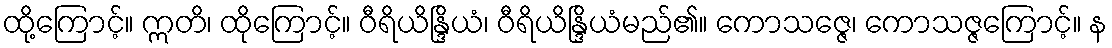
ထို့ကြောင့်။ ဣတိ၊ ထိုကြောင့်။ ဝီရိယိန္ဒြိယံ၊ ဝီရိယိန္ဒြိယံမည်၏။ ကောသဇ္ဇေ၊ ကောသဇ္ဇကြောင့်။ န